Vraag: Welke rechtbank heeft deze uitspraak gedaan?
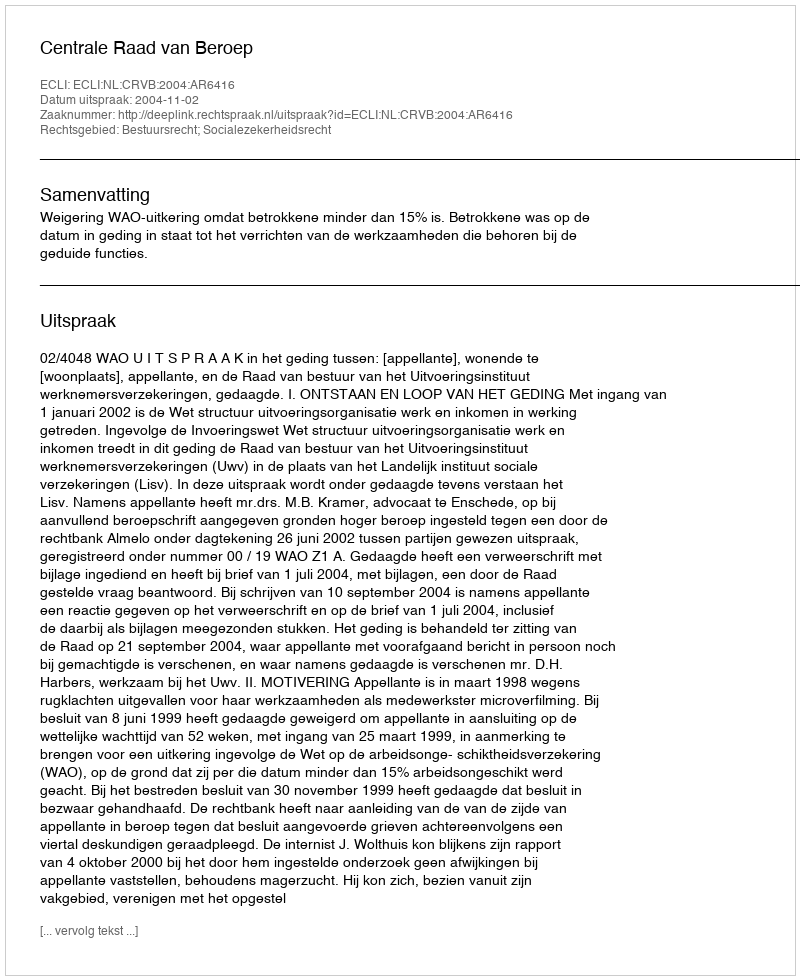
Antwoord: Centrale Raad van Beroep